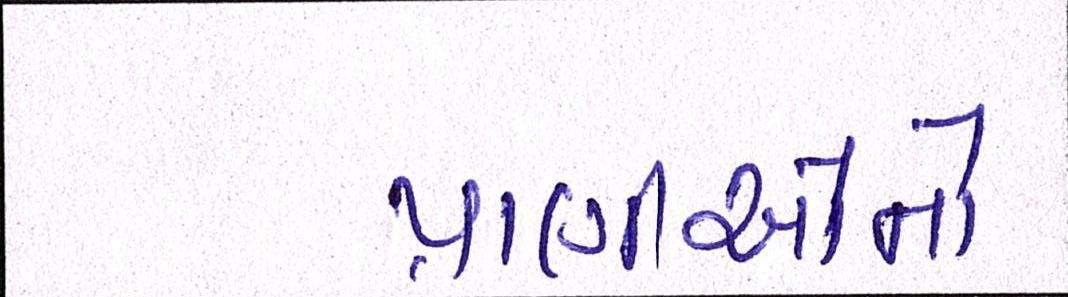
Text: પ્રાણીઓનો